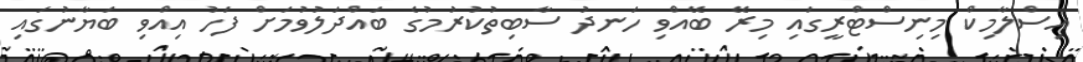
އިސްލާމިކް މިނިސްޓްރީގައި މިރޭ ބޭއްވި ހަނދު ސާބިތުކުރުމުގެ ބައްދަލުވުމަށް ފަހު އިއްވި ބަޔާނުގައި